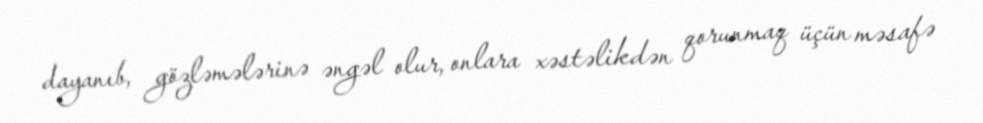
dayanıb, gözləmələrinə əngəl olur, onlara xəstəlikdən qorunmaq üçün məsafə